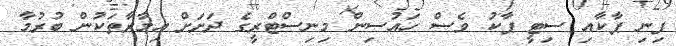
ފިނި ޕާކާއި ސިޓީ ޕާކު ވެސް ހައުސިން މިނިސްޓްރީގެ ދަށަށް އިމާރާތަކުން ބުރުމާ